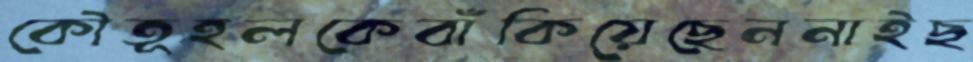
কৌতূহলকেবাঁকিয়েছেননাইছ